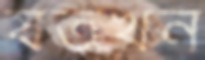
যতখন